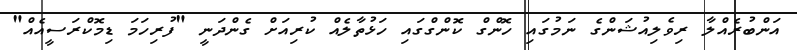
އަންބުރެއްލާ ރިވެލިއުޝަންގެ ނަމުގައި ހޮންގް ކޮންގްގައި ހަޅުތާލެއް ކުރިއަށް ގެންދަނީ "ފުރިހަމަ ޑިމޮކްރަސީއެއް"